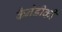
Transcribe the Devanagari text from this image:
कैनेडीकी